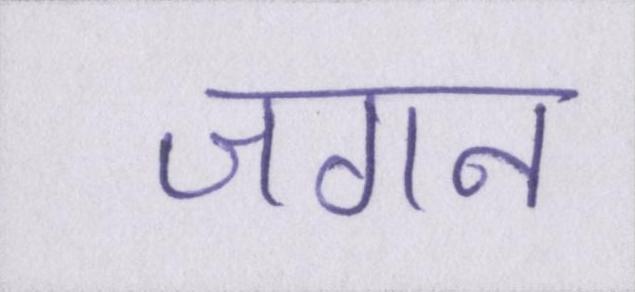
जगन